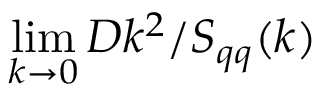
\operatorname* { l i m } _ { k \to 0 } D k ^ { 2 } / S _ { q q } ( k )